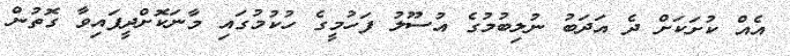
އެއް ކުށަކަށް ދެ އަދަބު ނުލިބުމުގެ އުސޫލު ފަހުމީގެ ހުކުމުގައި މާނަކޮށްދީފައިވާ ގޮތުން